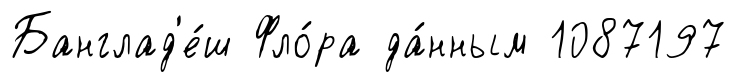
Банглад'е́ш Фло́ра да́нным 1087197